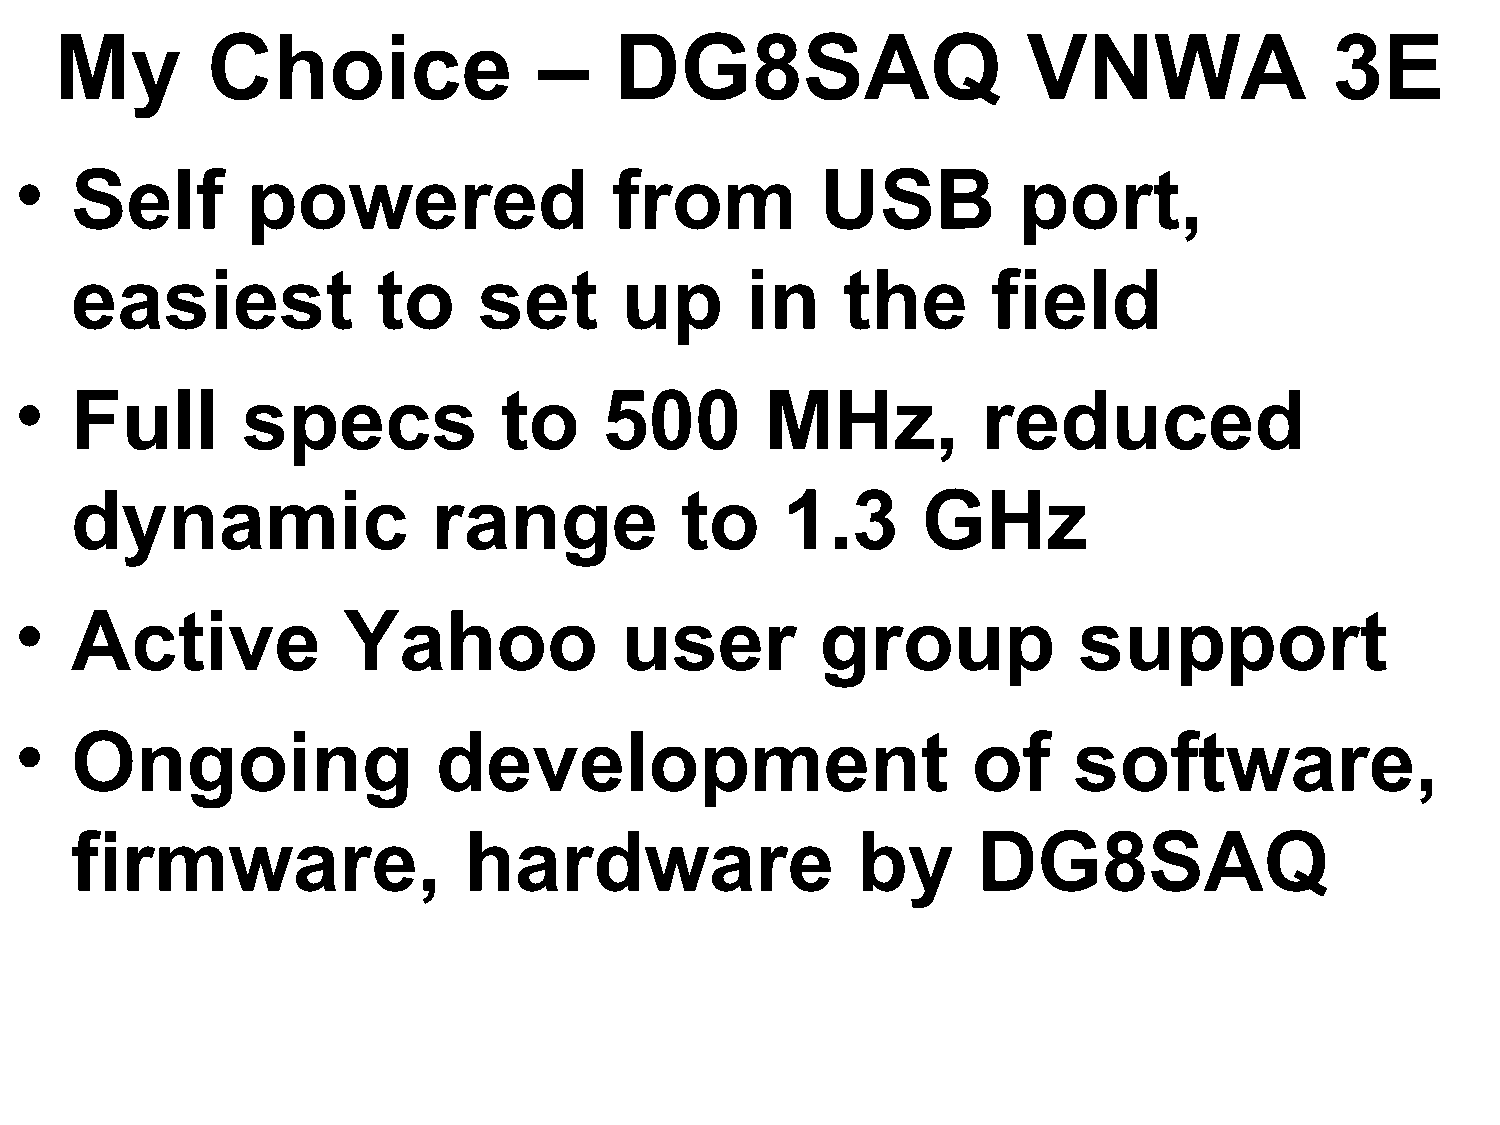
My        Choice                –    DG8SAQ                     VNWA                3E
 •   Self       powered                  from         USB          port,
 easiest             to     set      up      in     the       field
 •   Full       specs            to     500        MHz,          reduced
 dynamic                 range           to     1.3      GHz
 •   Active            Yahoo             user         group            support
 •   Ongoing                 development                        of     software,
 firmware,                 hardware                  by      DG8SAQ